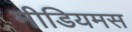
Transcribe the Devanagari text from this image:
मीडियमस